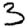
Digit: 3